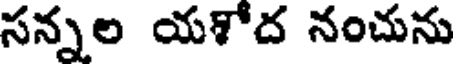
సన్నల యశోద నంచును